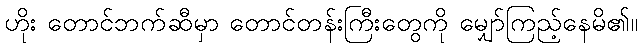
ဟိုး တောင်ဘက်ဆီမှာ တောင်တန်းကြီးတွေကို မျှော်ကြည့်နေမိ၏။